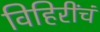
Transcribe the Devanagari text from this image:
विहिरींचं